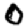
Digit: 0